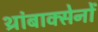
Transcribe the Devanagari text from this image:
थ्रांबाक्सेनों